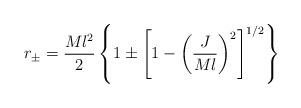
LaTeX: \begin{align*}r_{\pm} = {{Ml^2} \over 2} \left \{ 1 \pm \left [ 1 - \left ( {J \over Ml} \right )^2 \right ]^{1/2} \right \}\end{align*}